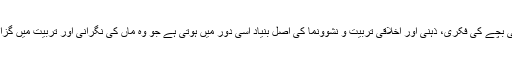
اور کسی بچے کی فکری، ذہنی اور اخلاقی تربیت و نشوونما کی اصل بنیاد اسی دور میں ہوتی ہے جو وہ ماں کی نگرانی اور تربیت میں گزارتا ہے۔